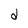
Character: d